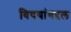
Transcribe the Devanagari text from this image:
विषयांबद्दल